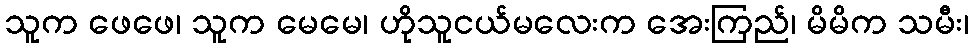
သူက ဖေဖေ၊ သူက မေမေ၊ ဟိုသူငယ်မလေးက အေးကြည်၊ မိမိက သမီး၊